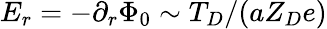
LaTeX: E_{r}=-\partial_{r}\Phi_{0}\sim T_{D}/(aZ_{D}e)